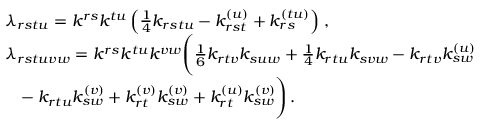
\begin{array} { r l } & { \lambda _ { r s t u } = k ^ { r s } k ^ { t u } \left( \frac { 1 } { 4 } k _ { r s t u } - k _ { r s t } ^ { ( u ) } + k _ { r s } ^ { ( t u ) } \right) \, , } \\ & { \lambda _ { r s t u v w } = k ^ { r s } k ^ { t u } k ^ { v w } \Bigg ( \frac { 1 } { 6 } k _ { r t v } k _ { s u w } + \frac { 1 } { 4 } k _ { r t u } k _ { s v w } - k _ { r t v } k _ { s w } ^ { ( u ) } } \\ & { \phantom { = } - k _ { r t u } k _ { s w } ^ { ( v ) } + k _ { r t } ^ { ( v ) } k _ { s w } ^ { ( v ) } + k _ { r t } ^ { ( u ) } k _ { s w } ^ { ( v ) } \Bigg ) \, . } \end{array}